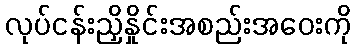
လုပ်ငန်းညှိနှိုင်းအစည်းအဝေးကို